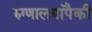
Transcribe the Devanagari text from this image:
रुग्णालयांपैकी